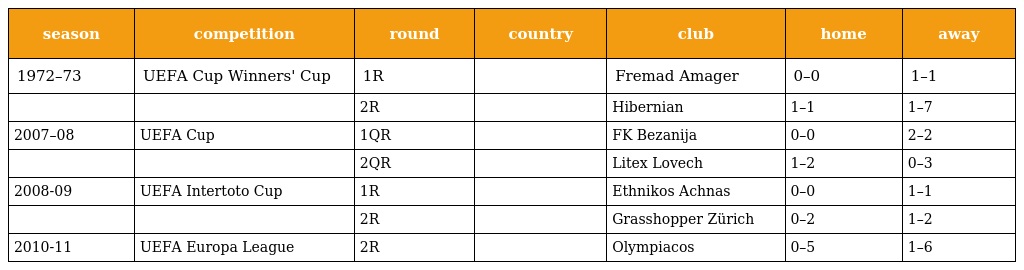
| season | competition | round | country | club | home | away |
 | --- | --- | --- | --- | --- | --- | --- |
 | 1972–73 | UEFA Cup Winners' Cup | 1R |  | Fremad Amager | 0–0 | 1–1 |
 |  |  | 2R |  | Hibernian | 1–1 | 1–7 |
 | 2007–08 | UEFA Cup | 1QR |  | FK Bezanija | 0–0 | 2–2 |
 |  |  | 2QR |  | Litex Lovech | 1–2 | 0–3 |
 | 2008-09 | UEFA Intertoto Cup | 1R |  | Ethnikos Achnas | 0–0 | 1–1 |
 |  |  | 2R |  | Grasshopper Zürich | 0–2 | 1–2 |
 | 2010-11 | UEFA Europa League | 2R |  | Olympiacos | 0–5 | 1–6 |